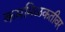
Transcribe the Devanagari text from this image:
कममिळकतीवर